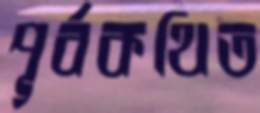
পূর্বকথিত